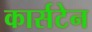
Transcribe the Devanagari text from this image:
कार्सटेन